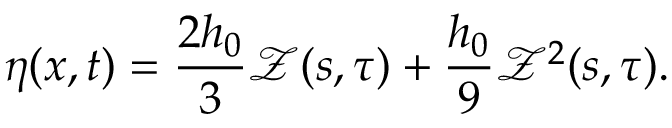
\eta ( x , t ) = \frac { 2 h _ { 0 } } { 3 } \mathcal { Z } ( s , \tau ) + \frac { h _ { 0 } } { 9 } \mathcal { Z } ^ { 2 } ( s , \tau ) .